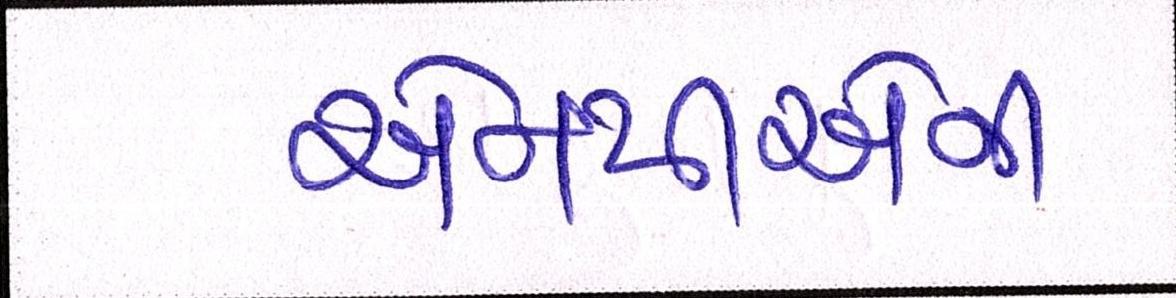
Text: એનપીએની